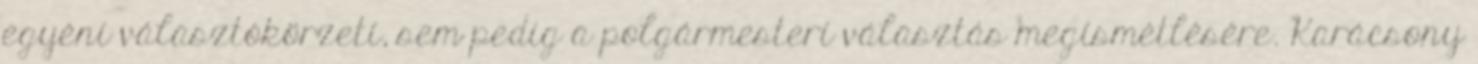
egyéni választókörzeti, sem pedig a polgármesteri választás megismétlésére. Karácsony